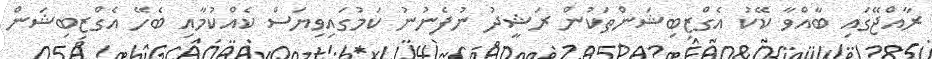
ރާއްޖޭގައި ބާއްވާ ކޭކު އެގްޒިބިޝަންތަކުން ރަޝީދު ނުފެނުނު ކަމުގައިވިޔަސް ކެއްކުމާއި ބެހޭ އެގްޒިބިޝަން